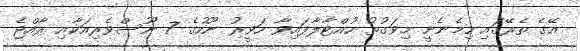
އޭގެ ތެރޭގައި ހިމެނެނީ މިވަގުތު ހުއްޓާލާފައިވާ ހަވީރު ނޫހުގެ 7 ނޫސްވެރިއަކާއި ރާއްޖެ